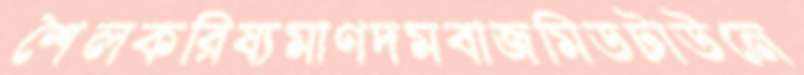
শৈলকরিষ্যমাণদমবাজমিডটাউনে